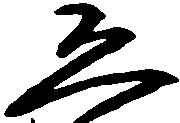
恐